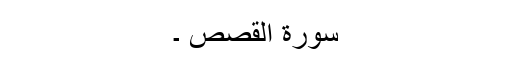
سورة القصص ۔